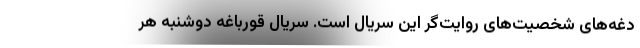
دغه‌های شخصیت‌های روایت‌گر این سریال است. سریال قورباغه دوشنبه هر